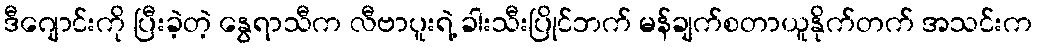
ဒီဂျောင်းကို ပြီးခဲ့တဲ့ နွေရာသီက လီဗာပူးရဲ့ ခါးသီးပြိုင်ဘက် မန်ချက်စတာယူနိုက်တက် အသင်းက